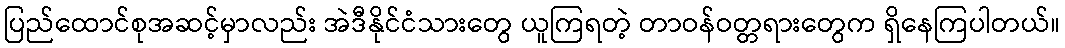
ပြည်ထောင်စုအဆင့်မှာလည်း အဲဒီနိုင်ငံသားတွေ ယူကြရတဲ့ တာဝန်ဝတ္တရားတွေက ရှိနေကြပါတယ်။